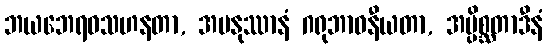
ဘယဘေရဝသဟနတာ, အမနုဿာနံ ဂရုဘာဝနီယတာ, အပ္ပိစ္ဆတာဒီနံ